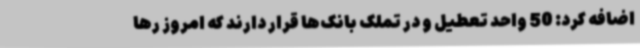
اضافه کرد: 50 واحد تعطیل و در تملک بانک‌ها قرار دارند که امروز رها